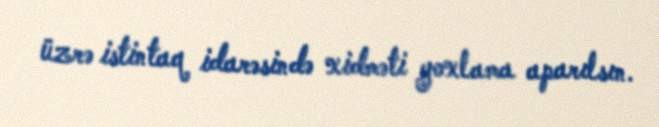
üzrə istintaq idarəsində xidməti yoxlama aparılsın.